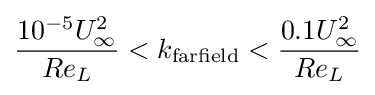
{\frac {10^{-5}U_{\infty }^{2}}{Re_{L}}}<k_{\rm {farfield}}<{\frac {0.1U_{\infty }^{2}}{Re_{L}}}